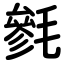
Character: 毿